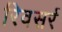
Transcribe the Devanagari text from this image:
रिवसर्र